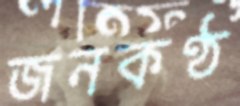
জনকণ্ঠ